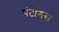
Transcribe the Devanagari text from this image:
पंटागेस